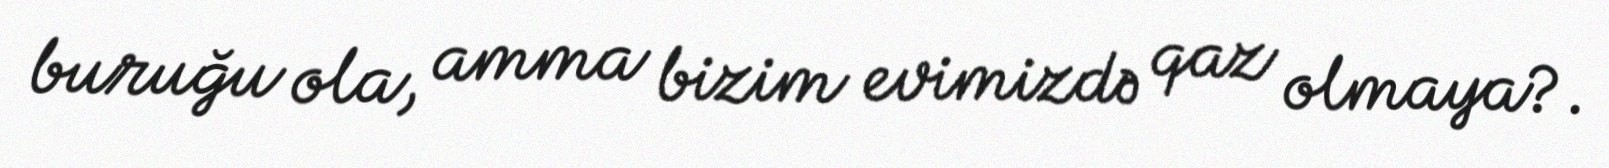
buruğu ola, amma bizim evimizdə qaz olmaya?.